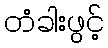
တံခါးဖွင့်